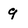
Character: 9